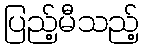
ပြည့်မီသည့်